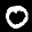
Label: 0